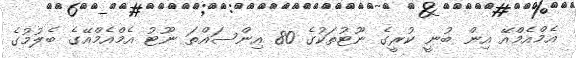
އެމްއެމްއޭ އިން ބުނީ ކުރީގެ ނޫޓުތަކުގެ 80 އިންސައްތަ ނޫޓު އެމްއެމްއޭގެ ބެލުމުގެ